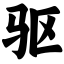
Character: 驱